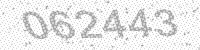
Solution: 062443